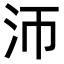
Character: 沞